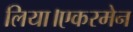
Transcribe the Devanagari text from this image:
लिया।एकरमेन